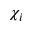
\chi _ { i }